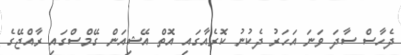
ދެހާސް ސާދަ ވަނަ އަހަރު ދެކުނު ކޮރެއާގައި އޮތް އޭޝިއަން ގޭމްސްގައި ރާއްޖޭގެ